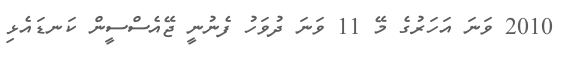
2010 ވަނަ އަހަރުގެ މޭ 11 ވަނަ ދުވަހު ފެނުނީ ޖޭއެސްސީން ކަނޑައެޅި